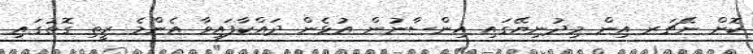
ކޮށް ނޭޗަރ އިން މިދުނިޔޭގައި އިންސާނުން އުޅެން ދައްކާފައިވާ އެންމެ ރީތި ގޮތުގައި